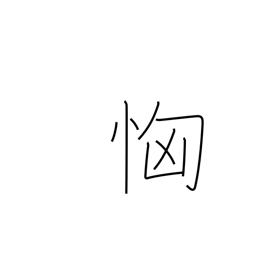
Meaning: fear